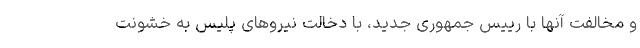
و مخالفت آنها با رییس جمهوری جدید، با دخالت نیروهای پلیس به خشونت